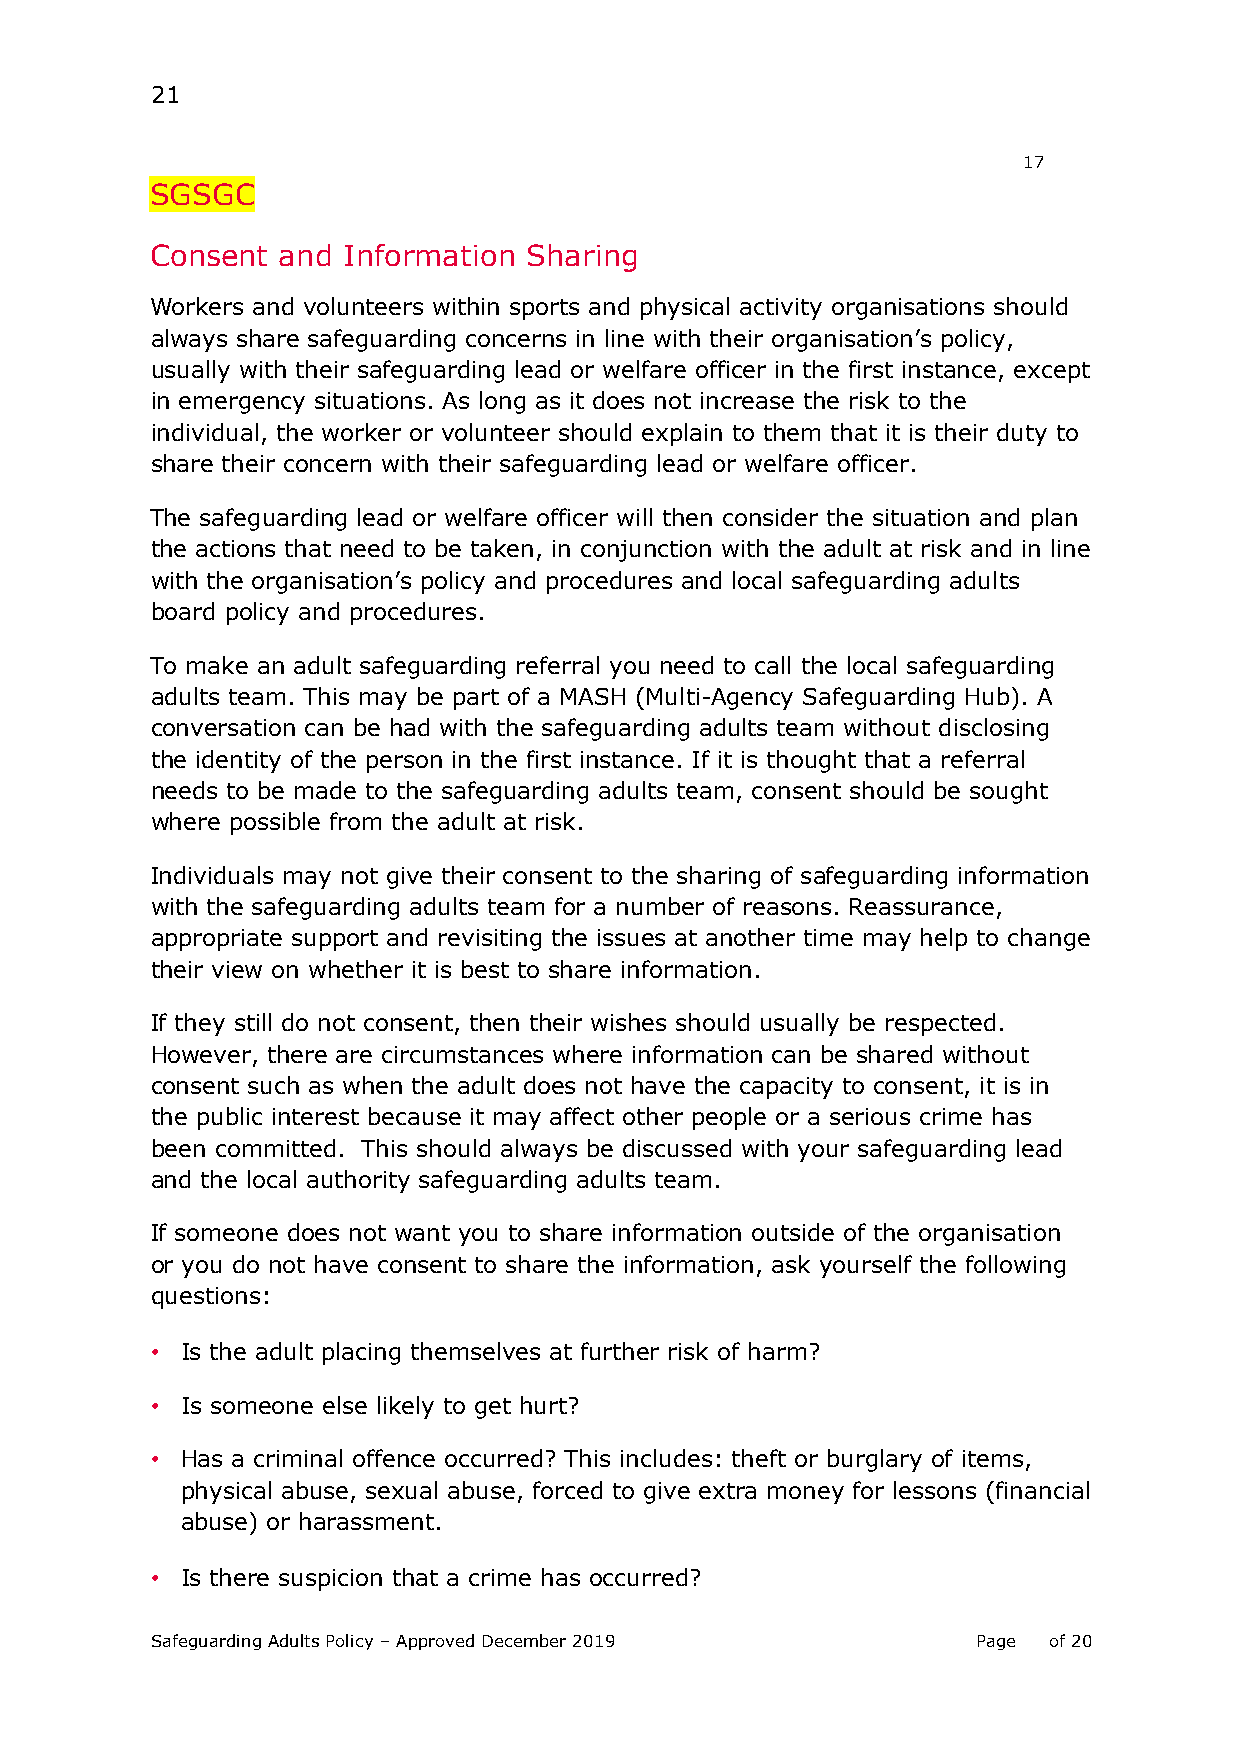
21
 17
 SGSGC
 Consent and  Information Sharing
 Workers and volunteers within sports and physical activity organisations should
 always share safeguarding concerns in line with their organisation’s policy,
 usually with their safeguarding lead or welfare officer in the first instance, except
 in emergency situations. As long as it does not increase the risk to the
 individual, the worker or volunteer should explain to them that it is their duty to
 share their concern with their safeguarding lead or welfare officer.
 The safeguarding lead or welfare officer will then consider the situation and plan
 the actions that need to be taken, in conjunction with the adult at risk and in line
 with the organisation’s policy and procedures and local safeguarding adults
 board policy and procedures.
 To make an adult safeguarding referral you need to call the local safeguarding
 adults team. This may be part of a MASH (Multi-Agency Safeguarding Hub). A
 conversation can be had with the safeguarding adults team without disclosing
 the identity of the person in the first instance. If it is thought that a referral
 needs to be made to the safeguarding adults team, consent should be sought
 where possible from the adult at risk.
 Individuals may not give their consent to the sharing of safeguarding information
 with the safeguarding adults team for a number of reasons. Reassurance,
 appropriate support and revisiting the issues at another time may help to change
 their view on whether it is best to share information.
 If they still do not consent, then their wishes should usually be respected.
 However, there are circumstances where information can be shared without
 consent such as when the adult does not have the capacity to consent, it is in
 the public interest because it may affect other people or a serious crime has
 been committed. This should always be discussed with your safeguarding lead
 and the local authority safeguarding adults team.
 If someone does not want you to share information outside of the organisation
 or you do not have consent to share the information, ask yourself the following
 questions:
 • Is the adult placing themselves at further risk of harm?
 • Is someone else likely to get hurt?
 • Has a criminal offence occurred? This includes: theft or burglary of items,
 physical abuse, sexual abuse, forced to give extra money for lessons (financial
 abuse) or harassment.
 • Is there suspicion that a crime has occurred?
 Safeguarding Adults Policy – Approved December 2019    Page of 20